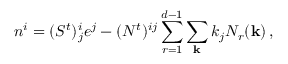
n ^ { i } = ( S ^ { t } ) _ { j } ^ { i } e ^ { j } - ( N ^ { t } ) ^ { i j } \sum _ { r = 1 } ^ { d - 1 } \sum _ { \bf k } k _ { j } N _ { r } ( { \bf k } ) \, ,